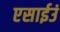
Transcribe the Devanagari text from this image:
एसाईउं